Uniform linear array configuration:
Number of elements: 32
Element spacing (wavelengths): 1
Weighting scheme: kaiser
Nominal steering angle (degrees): -30
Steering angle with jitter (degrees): -29.529
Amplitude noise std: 0.05
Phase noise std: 0.05

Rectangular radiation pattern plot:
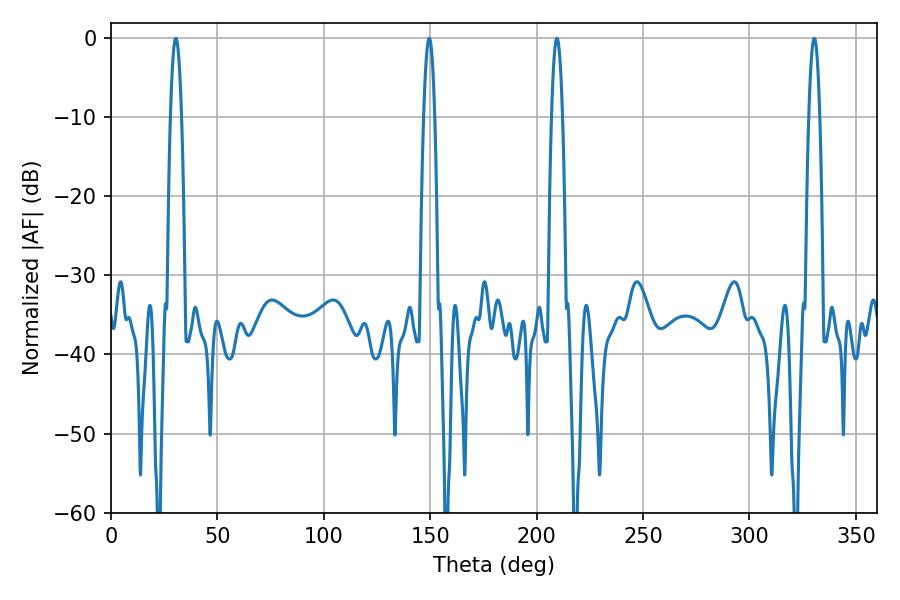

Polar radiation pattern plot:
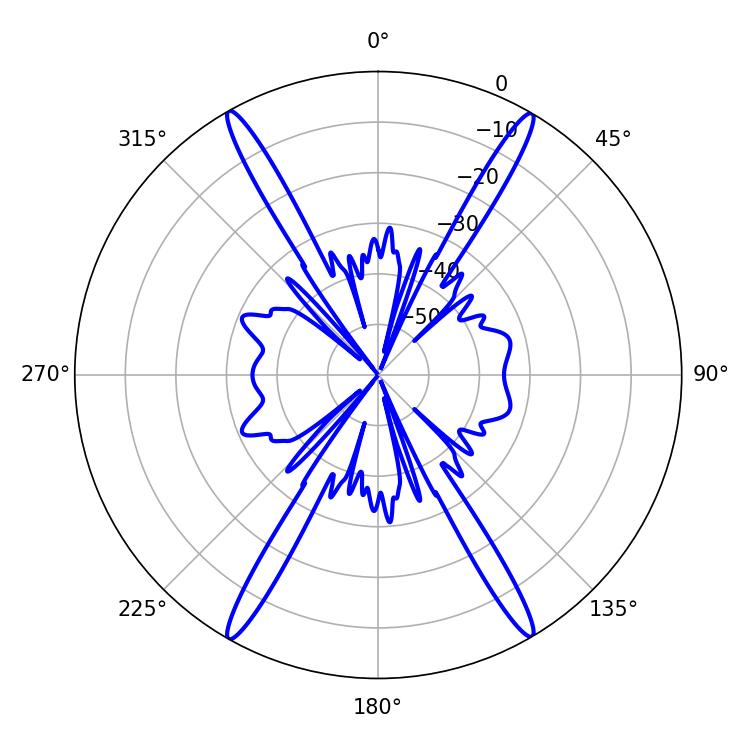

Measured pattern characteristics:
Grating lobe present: TRUE
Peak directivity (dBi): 29.935
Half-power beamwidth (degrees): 2.88
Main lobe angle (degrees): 209.52